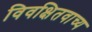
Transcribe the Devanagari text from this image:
विवक्षितवाच्य